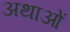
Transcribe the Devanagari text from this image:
अथाओं